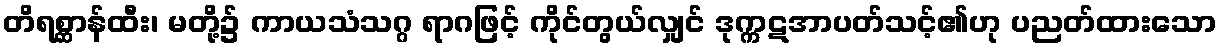
တိရစ္ဆာန်ထီး၊ မတို့၌ ကာယသံသဂ္ဂ ရာဂဖြင့် ကိုင်တွယ်လျှင် ဒုက္ကဋအာပတ်သင့်၏ဟု ပညတ်ထားသော